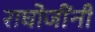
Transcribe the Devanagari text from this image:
राघोजींनी